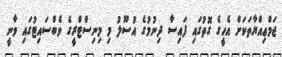
ޖަމްޢިއްޔާތަކަށް އެހީގެ ގޮތުގައި ފައިސާ ދިނުމުގެ އުސޫލު މި މިނިސްޓްރީގެ ވެބްސައިޓުގައި ވާނީ